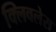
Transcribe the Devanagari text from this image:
क्लिवलेस